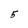
Character: 5